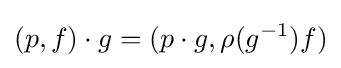
(p,f)\cdot g=(p\cdot g,\rho (g^{-1})f)